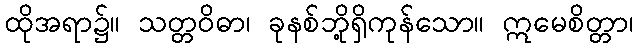
ထိုအရာ၌။ သတ္တဝိဓာ၊ ခုနစ်ဘို့ရှိကုန်သော။ ဣမေစိတ္တာ၊